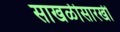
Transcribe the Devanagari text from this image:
साखळीसारखी